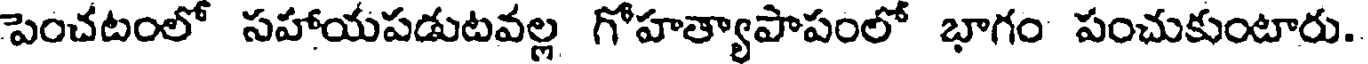
పెంచటంలో సహాయపడుటవల్ల గోహత్యాపాపంలో భాగం పంచుకుంటారు.